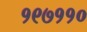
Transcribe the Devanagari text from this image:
१९७११०